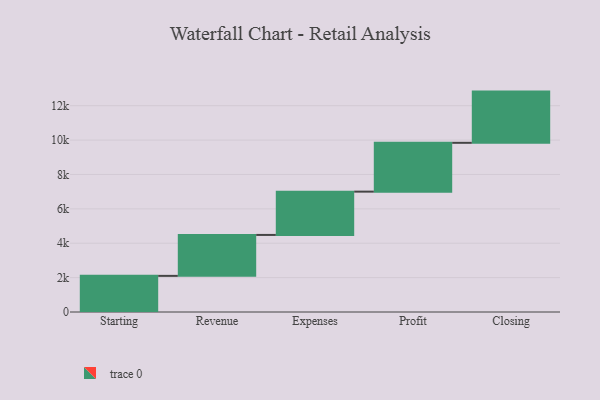
{"axis": {"x": "Step", "y": "Value"}, "legend": [""], "data": [{"x": "Starting", "y": 2102.0, "type": ""}, {"x": "Revenue", "y": 2381.0, "type": ""}, {"x": "Expenses", "y": 2519.0, "type": ""}, {"x": "Profit", "y": 2840.0, "type": ""}, {"x": "Closing", "y": 2979.0, "type": ""}]}